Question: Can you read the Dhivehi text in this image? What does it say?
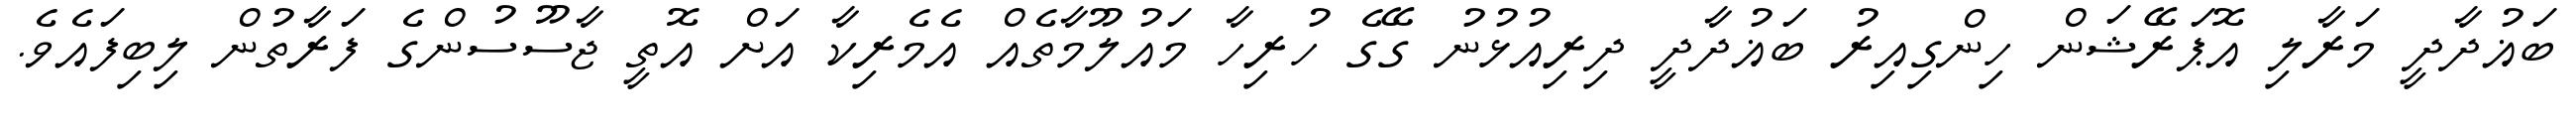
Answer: ބަޣުދާދީ މަރާލި އޮޕަރޭޝަން ހިންގިއިރު ބަޣުދާދީ ދިރިއުޅުނު ގޭގެ ހުރިހާ މައުލޫމާތެއް އެމެރިކާ އަށް އޮތީ ޖާސޫސުންގެ ފަރާތުން ލިބިފައެވެ.